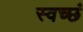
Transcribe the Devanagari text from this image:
स्वच्छं